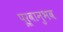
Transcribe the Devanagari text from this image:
पूर्वानुभव